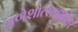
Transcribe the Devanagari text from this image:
गणेशोत्सवानंतर